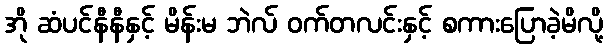
အို ဆံပင်နီနီနှင့် မိန်းမ ဘဲလ် ဝက်တလင်းနှင့် စကားပြောခဲ့မိလို့